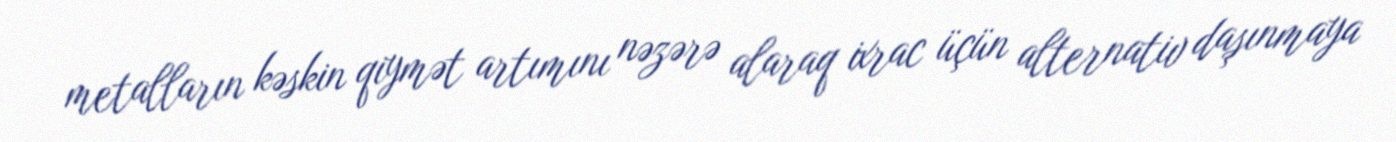
metalların kəskin qiymət artımını nəzərə alaraq ixrac üçün alternativ daşınmaya